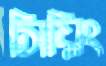
সিয়িং